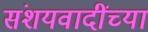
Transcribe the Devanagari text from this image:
संशयवादींच्या